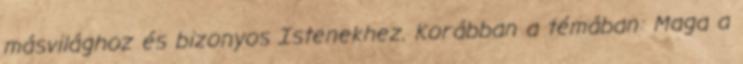
másvilághoz és bizonyos Istenekhez. Korábban a témában: Maga a